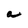
Character: a